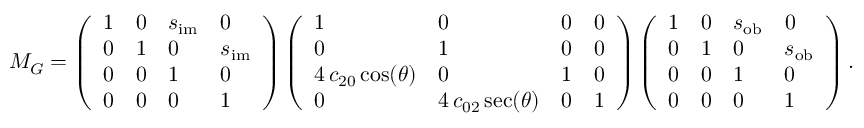
M _ { G } = \left( \begin{array} { l l l l } { 1 } & { 0 } & { s _ { \mathrm { i m } } } & { 0 } \\ { 0 } & { 1 } & { 0 } & { s _ { \mathrm { i m } } } \\ { 0 } & { 0 } & { 1 } & { 0 } \\ { 0 } & { 0 } & { 0 } & { 1 } \end{array} \right) \left( \begin{array} { l l l l } { 1 } & { 0 } & { 0 } & { 0 } \\ { 0 } & { 1 } & { 0 } & { 0 } \\ { 4 \, c _ { 2 0 } \cos ( \theta ) } & { 0 } & { 1 } & { 0 } \\ { 0 } & { 4 \, c _ { 0 2 } \sec ( \theta ) } & { 0 } & { 1 } \end{array} \right) \left( \begin{array} { l l l l } { 1 } & { 0 } & { s _ { \mathrm { o b } } } & { 0 } \\ { 0 } & { 1 } & { 0 } & { s _ { \mathrm { o b } } } \\ { 0 } & { 0 } & { 1 } & { 0 } \\ { 0 } & { 0 } & { 0 } & { 1 } \end{array} \right) .